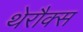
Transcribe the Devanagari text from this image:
थेरौक्स